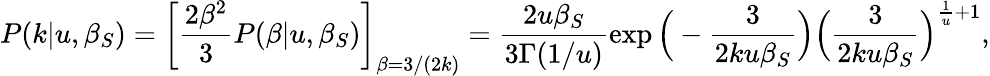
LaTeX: P(k|u,\beta_{S})=\left[\frac{2\beta^{2}}{3}P(\beta|u,\beta_{S})\right]_{\beta=3/(2k)}=\frac{2u\beta_{S}}{3\Gamma(1/u)}\exp\Big(-\frac{3}{2ku\beta_{S}}\Big)\Big(\frac{3}{2ku\beta_{S}}\Big)^{\frac{1}{u}+1},